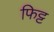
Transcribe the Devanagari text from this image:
फिट्ट